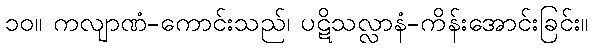
၁၀။ ကလျာဏံ-ကောင်းသည်၊ ပဋိသလ္လာနံ-ကိန်းအောင်းခြင်း။